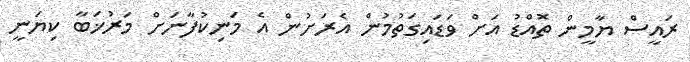
ރައީސް ޔާމީން ތޮއްޑު އަށް ވަޑައިގަތުމުން އެރަށުން އެ މަނިކުފާނަށް މަރުޚަބާ ކިޔަނީ